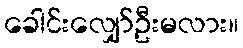
ခေါင်းလျှော်ဦးမလား။